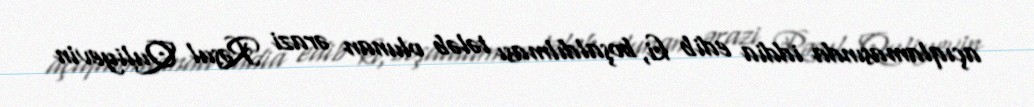
açıqlamasında iddia edib ki, boşaldılması tələb olunan ərazi Rəsul Quliyevin